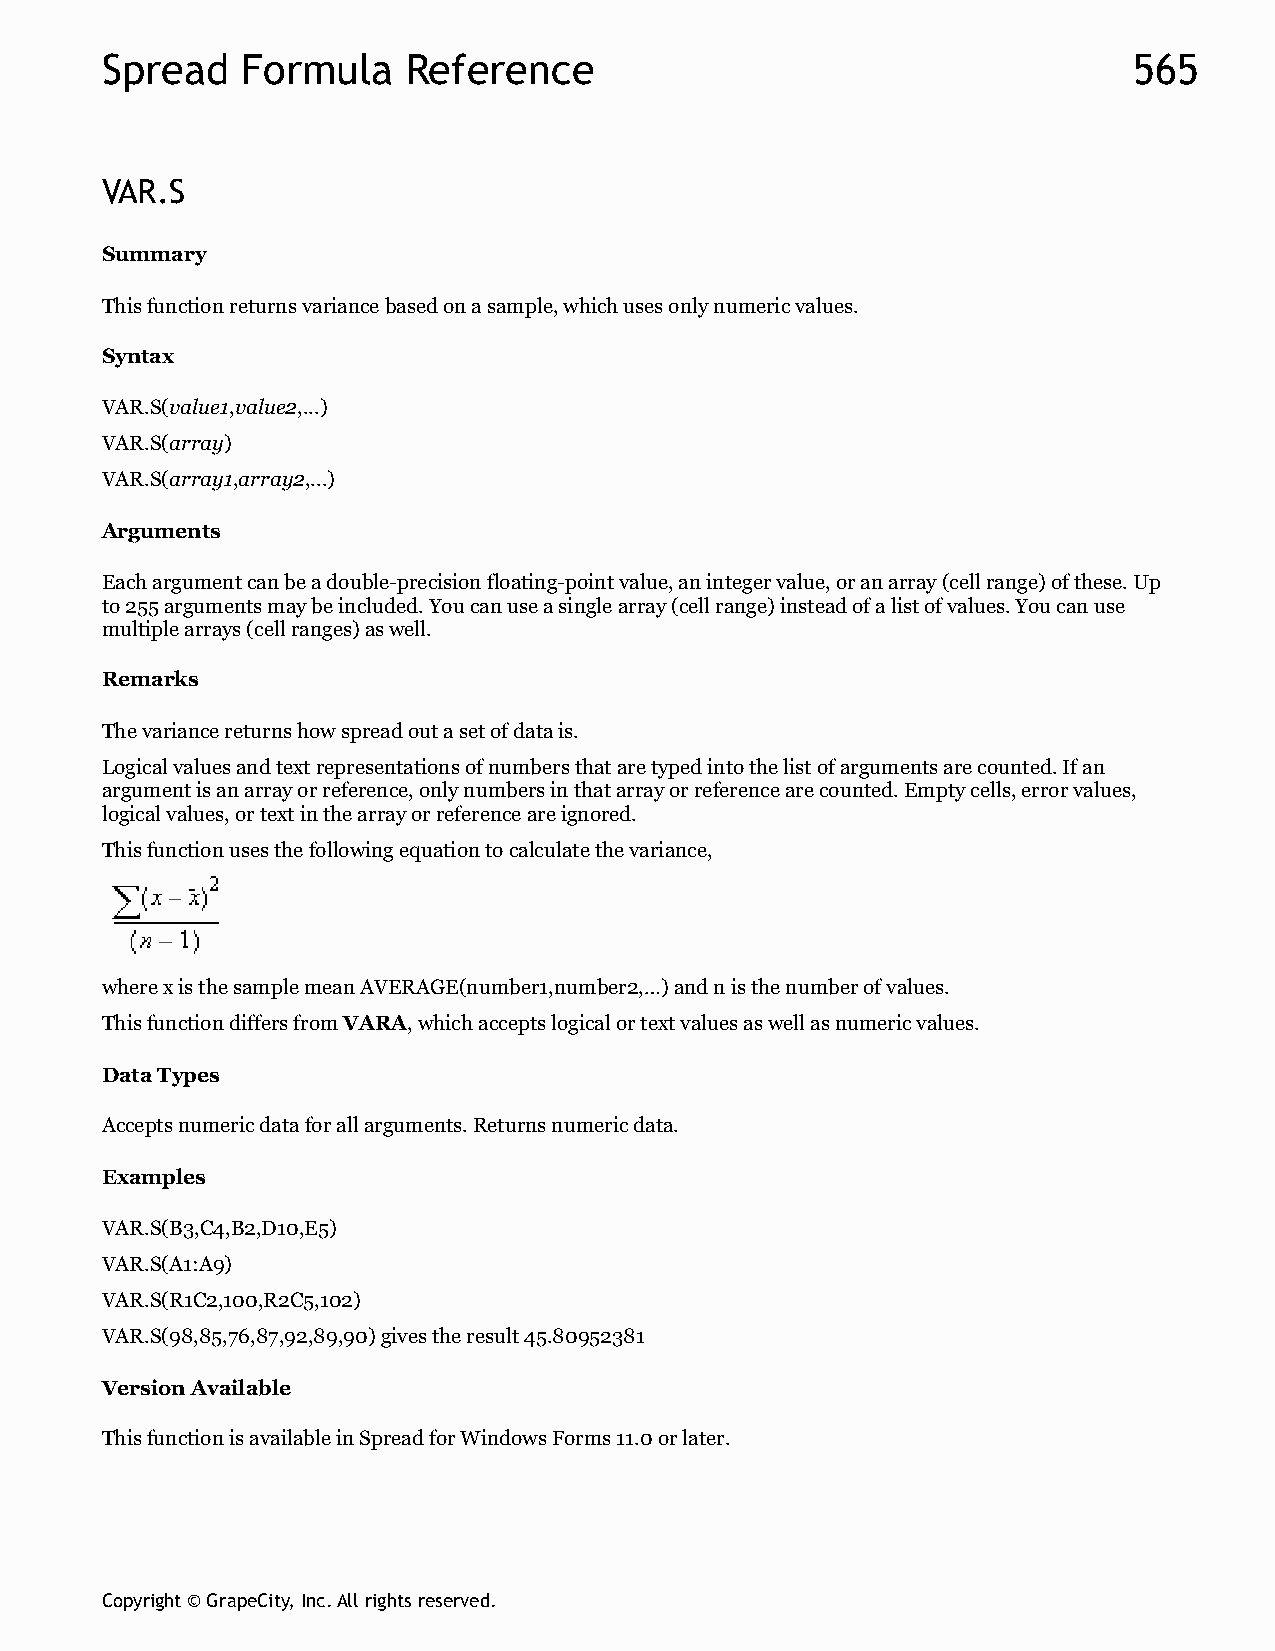
Spread   Formula    Reference                                       565
 VAR.S
 Summary
 This function returns variance based on a sample, which uses only numeric values.
 Syntax
 VAR.S(value1,value2,...)
 VAR.S(array)
 VAR.S(array1,array2,...)
 Arguments
 Each argument can be a double-precision floating-point value, an integer value, or an array (cell range) of these. Up
 to 255 arguments may be included. You can use a single array (cell range) instead of a list of values. You can use
 multiple arrays (cell ranges) as well.
 Remarks
 The variance returns how spread out a set of data is.
 Logical values and text representations of numbers that are typed into the list of arguments are counted. If an
 argument is an array or reference, only numbers in that array or reference are counted. Empty cells, error values,
 logical values, or text in the array or reference are ignored.
 This function uses the following equation to calculate the variance,
 where x is the sample mean AVERAGE(number1,number2,…) and n is the number of values.
 This function differs from VARA, which accepts logical or text values as well as numeric values.
 Data Types
 Accepts numeric data for all arguments. Returns numeric data.
 Examples
 VAR.S(B3,C4,B2,D10,E5)
 VAR.S(A1:A9)
 VAR.S(R1C2,100,R2C5,102)
 VAR.S(98,85,76,87,92,89,90) gives the result 45.80952381
 Version Available
 This function is available in Spread for Windows Forms 11.0 or later.
 Copyright © GrapeCity, Inc. All rights reserved.